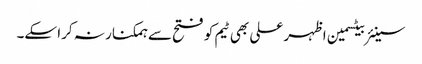
سینئر بیٹسمین اظہر علی بھی ٹیم کو فتح سے ہمکنار نہ کرا سکے۔